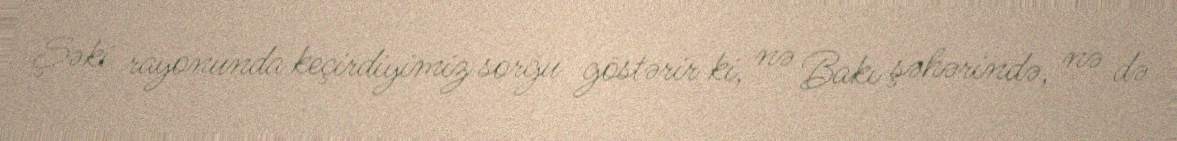
Şəki rayonunda keçirdiyimiz sorğu göstərir ki, nə Bakı şəhərində, nə də